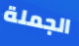
الجملة